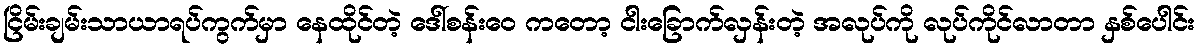
ငြိမ်းချမ်းသာယာရပ်ကွက်မှာ နေထိုင်တဲ့ ဒေါ်စန်းဝေ ကတော့ ငါးခြောက်လှန်းတဲ့ အလုပ်ကို လုပ်ကိုင်လာတာ နှစ်ပေါင်း